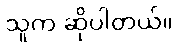
သူက ဆိုပါတယ်။